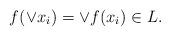
LaTeX: \begin{align*}f(\vee x_i)=\vee f(x_i) \in L.\end{align*}